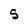
Character: S